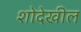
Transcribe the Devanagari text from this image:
शोदेखील